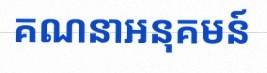
គណនាអនុគមន៍